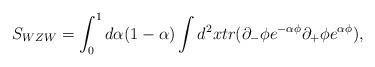
LaTeX: \begin{align*}S_{WZW}=\int_0^1d\alpha (1-\alpha )\int d^2xtr(\partial _{-}\phi e^{-\alpha\phi }\partial _{+}\phi e^{\alpha \phi }),\end{align*}